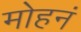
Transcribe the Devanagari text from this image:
मोहनं